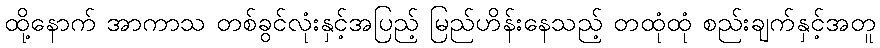
ထို့နောက် အာကာသ တစ်ခွင်လုံးနှင့်အပြည့် မြည်ဟိန်းနေသည့် တထုံထုံ စည်းချက်နှင့်အတူ